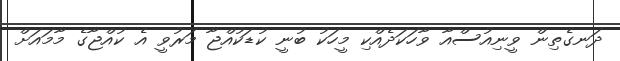
ދަނގެތިން ވީނިއުސްއާ ވާހަކަދެއްކި މީހަކު ބުނީ ކުޑަކުއްޖާ މަރުވީ އެ ކުއްޖާގެ މާމައަށް